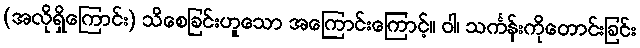
(အလိုရှိကြောင်း) သိစေခြင်းဟူသော အကြောင်းကြောင့်။ ဝါ၊ သင်္ကန်းကိုတောင်းခြင်း